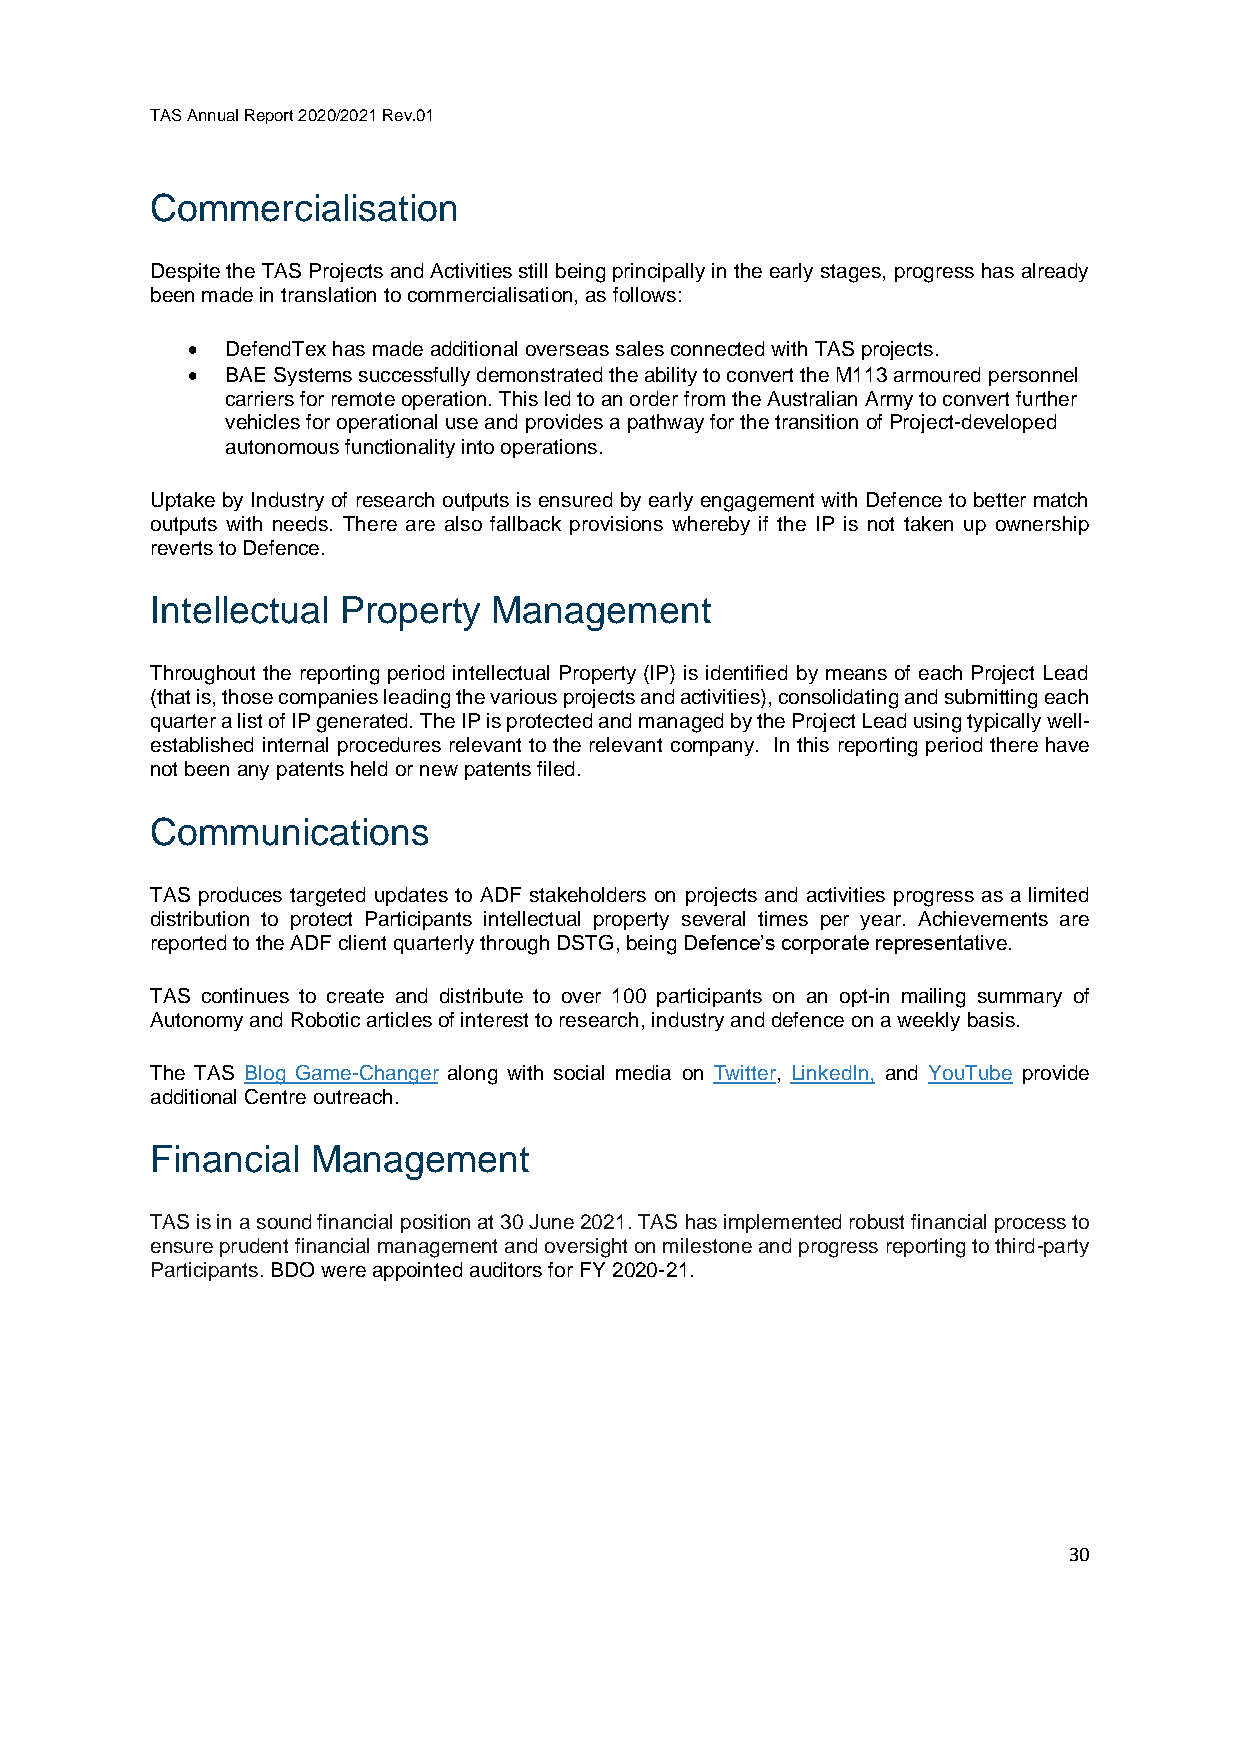
TAS Annual Report 2020/2021 Rev.01
 Commercialisation
 Despite the TAS Projects and Activities still being principally in the early stages, progress has already
 been made in translation to commercialisation, as follows:
 •  DefendTex has made additional overseas sales connected with TAS projects.
 •  BAE Systems successfully demonstrated the ability to convert the M113 armoured personnel
 carriers for remote operation. This led to an order from the Australian Army to convert further
 vehicles for operational use and provides a pathway for the transition of Project-developed
 autonomous functionality into operations.
 Uptake by Industry of research outputs is ensured by early engagement with Defence to better match
 outputs with needs. There are also fallback provisions whereby if the IP is not taken up ownership
 reverts to Defence.
 Intellectual Property  Management
 Throughout the reporting period intellectual Property (IP) is identified by means of each Project Lead
 (that is, those companies leading the various projects and activities), consolidating and submitting each
 quarter a list of IP generated. The IP is protected and managed by the Project Lead using typically well-
 established internal procedures relevant to the relevant company. In this reporting period there have
 not been any patents held or new patents filed.
 Communications
 TAS produces targeted updates to ADF stakeholders on projects and activities progress as a limited
 distribution to protect Participants intellectual property several times per year. Achievements are
 reported to the ADF client quarterly through DSTG, being Defence’s corporate representative.
 TAS continues to create and distribute to over 100 participants on an opt-in mailing summary of
 Autonomy and Robotic articles of interest to research, industry and defence on a weekly basis.
 The TAS Blog Game-Changer along with social media on Twitter, LinkedIn, and YouTube provide
 additional Centre outreach.
 Financial  Management
 TAS is in a sound financial position at 30 June 2021. TAS has implemented robust financial process to
 ensure prudent financial management and oversight on milestone and progress reporting to third-party
 Participants. BDO were appointed auditors for FY 2020-21.
 30